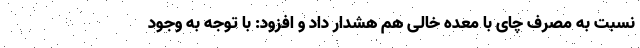
نسبت به مصرف چای با معده خالی هم هشدار داد و افزود: با توجه به وجود